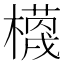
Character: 𭬗